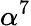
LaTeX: \alpha^{7}